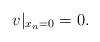
LaTeX: \begin{align*}v|_{x_n=0}=0.\end{align*}